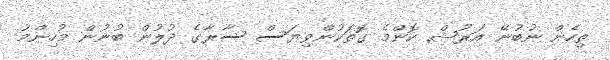
ތިހެން ނުބުނޭ އަރުޝް